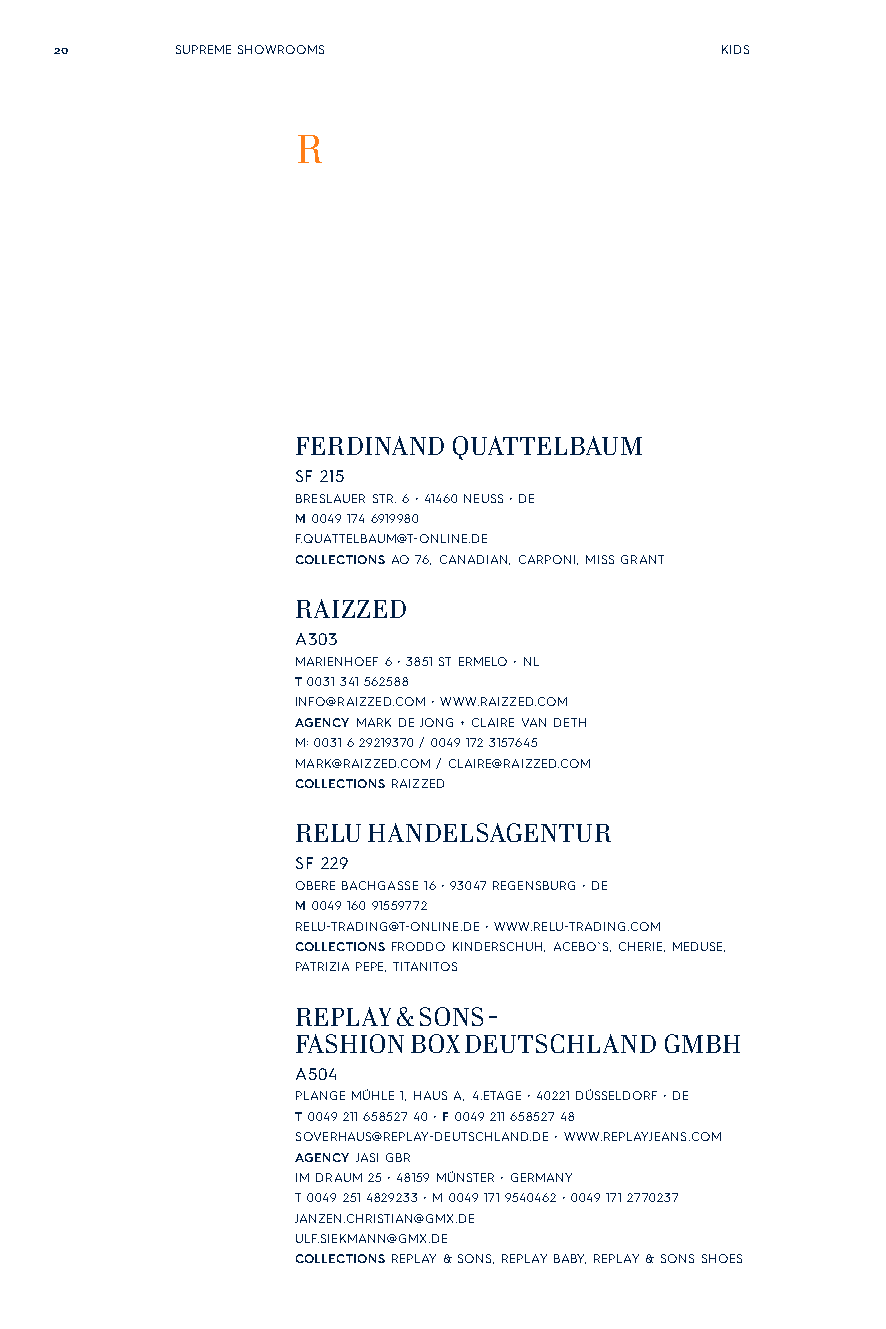
20      SUPREME SHOWROOMS                   KIDS
 R
 FERDINAND QUATTELBAUM
 SF 215
 BRESLAUER STR. 6 • 41460 NEUSS • DE
 M 0049 174 6919980
 F.QUATTELBAUM@T-ONLINE.DE
 COLLECTIONS AO 76, CANADIAN, CARPONI, MISS GRANT
 RAIZZED
 A303
 MARIENHOEF 6 • 3851 ST ERMELO • NL
 T 0031 341 562588
 INFO@RAIZZED.COM • WWW.RAIZZED.COM
 AGENCY MARK DE JONG + CLAIRE VAN DETH
 M: 0031 6 29219370 / 0049 172 3157645
 MARK@RAIZZED.COM / CLAIRE@RAIZZED.COM
 COLLECTIONS RAIZZED
 RELU HANDELSAGENTUR
 SF 229
 OBERE BACHGASSE 16 • 93047 REGENSBURG • DE
 M 0049 160 91559772
 RELU-TRADING@T-ONLINE.DE • WWW.RELU-TRADING.COM
 COLLECTIONS FRODDO KINDERSCHUH, ACEBO`S, CHERIE, MEDUSE,
 PATRIZIA PEPE, TITANITOS
 REPLAY & SONS -
 FASHION BOX DEUTSCHLAND GMBH
 A504
 PLANGE MÜHLE 1, HAUS A, 4.ETAGE • 40221 DÜSSELDORF • DE
 T 0049 211 658527 40 • F 0049 211 658527 48
 SOVERHAUS@REPLAY-DEUTSCHLAND.DE • WWW.REPLAYJEANS.COM
 AGENCY JASI GBR
 IM DRAUM 25 • 48159 MÜNSTER • GERMANY
 T 0049 251 4829233 • M 0049 171 9540462 • 0049 171 2770237
 JANZEN.CHRISTIAN@GMX.DE
 ULF.SIEKMANN@GMX.DE
 COLLECTIONS REPLAY & SONS, REPLAY BABY, REPLAY & SONS SHOES